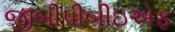
જીબીપીબીઇએફ